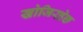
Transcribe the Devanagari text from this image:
खोजिरहेछ